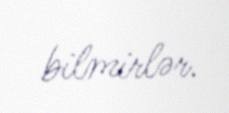
bilmirlər.